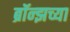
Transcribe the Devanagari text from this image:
ब्रॉन्झच्या